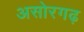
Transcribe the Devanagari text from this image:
असोरगढ़